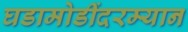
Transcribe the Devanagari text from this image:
घडामोडींदरम्यान